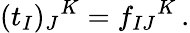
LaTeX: (t_{I})_{J}{}^{K}=f_{IJ}{}^{K}\, .